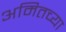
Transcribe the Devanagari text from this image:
अमितच्या